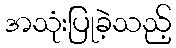
အသုံးပြုခဲ့သည့်